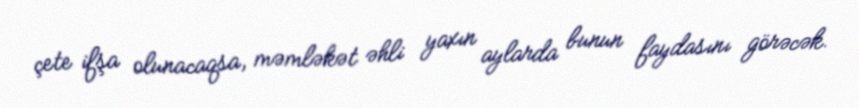
çete ifşa olunacaqsa, məmləkət əhli yaxın aylarda bunun faydasını görəcək.